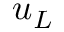
u _ { L }